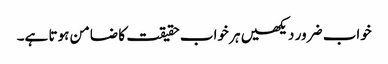
خواب ضرور دیکھیں ہر خواب حقیقت کا ضامن ہوتا ہے۔